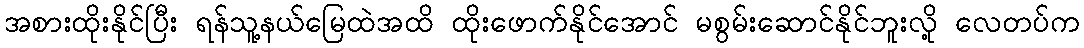
အစားထိုးနိုင်ပြီး ရန်သူ့နယ်မြေထဲအထိ ထိုးဖောက်နိုင်အောင် မစွမ်းဆောင်နိုင်ဘူးလို့ လေတပ်က